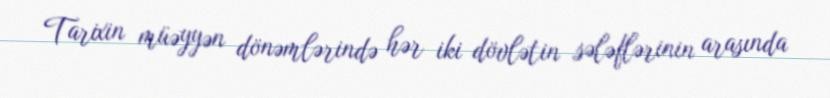
Tarixin müəyyən dönəmlərində hər iki dövlətin sələflərinin arasında